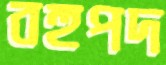
বহুপদ